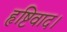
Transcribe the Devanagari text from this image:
हृष्टिवाद।